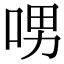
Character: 𠲸